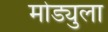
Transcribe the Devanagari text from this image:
मोड्युला